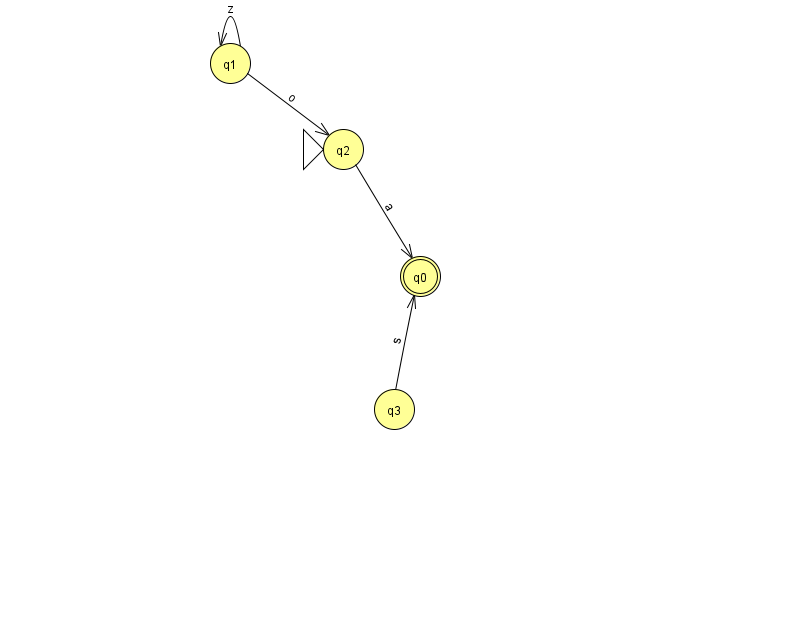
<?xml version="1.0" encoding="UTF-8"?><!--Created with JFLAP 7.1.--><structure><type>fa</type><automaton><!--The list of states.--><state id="0" name="q0"><x>420.0</x><y>263.0</y><final/></state><state id="1" name="q1"><x>230.0</x><y>50.0</y></state><state id="2" name="q2"><x>343.0</x><y>136.0</y><initial/></state><state id="3" name="q3"><x>394.0</x><y>396.0</y></state><!--The list of transitions.--><transition><from>3</from><to>0</to><read>s</read></transition><transition><from>1</from><to>2</to><read>o</read></transition><transition><from>1</from><to>1</to><read>z</read></transition><transition><from>2</from><to>0</to><read>a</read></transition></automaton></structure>